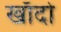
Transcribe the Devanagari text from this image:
खाँदो